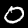
Label: 0